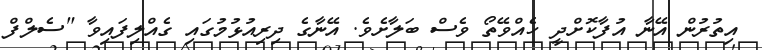
އިތުރުން އޭނާ އުފާކޮށްދީ ހެއްވޭތޯ ވެސް ބަލާށެވެ. އޭނާގެ ދިރިއުޅުމުގައި ގެއްލިފައިވާ "ސެލްފް